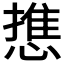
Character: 𭞓